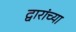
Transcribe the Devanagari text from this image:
द्वारांच्या